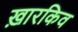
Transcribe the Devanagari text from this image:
ख़ारकिव